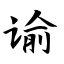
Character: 谕